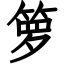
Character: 箩